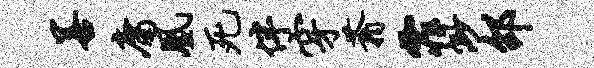
善庸凰死伴穿蓊霏渺邵